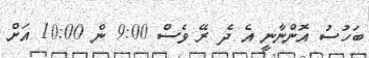
ބަހުސު އޮންނާނީ އެ ދެ ރޭ ވެސް 9:00 ން 10:00 އަށް